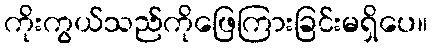
ကိုးကွယ်သည်ကိုဖြေကြားခြင်းမရှိပေ။